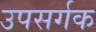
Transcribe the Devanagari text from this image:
उपसर्गक